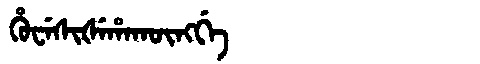
Manchu: ᡥᡠᠸᡝᠰᡳᡧᡝᡥᠠᡴᡡᠩᡤᡝ
Romanization: HUWESIŠEHAKŪNGGE